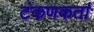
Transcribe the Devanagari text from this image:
टंकणकर्ता